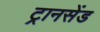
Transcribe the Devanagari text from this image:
ट्रानसेंड